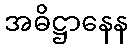
အဓိဋ္ဌာနေန